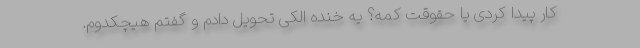
کار پیدا کردی یا حقوقت کمه؟ یه خنده الکی تحویل دادم و گفتم هیچکدوم.